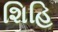
શિહિ